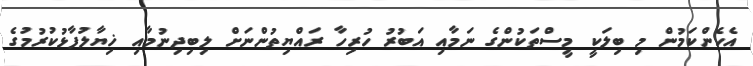
އެހެންކަމުން މި ބިލަކީ މީސްތަކުންގެ ނަމާއި އަބުރު ހުރިހާ ރައްޔިތުންނަށް ލިބިދިނުމާއި ޚިޔާލުފާޅުކުރުމުގެ